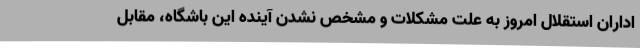
اداران استقلال امروز به علت مشکلات و مشخص نشدن آینده این باشگاه، مقابل